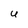
Character: U